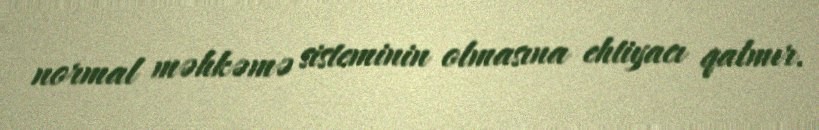
normal məhkəmə sisteminin olmasına ehtiyacı qalmır.